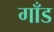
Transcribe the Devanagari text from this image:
गाँड